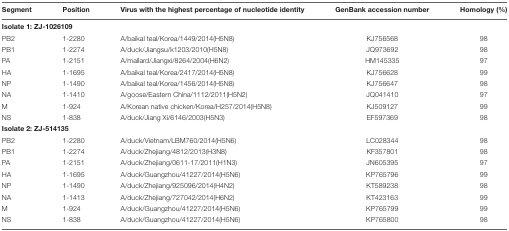
<table><thead><tr><td><b>Segment</b></td><td><b>Position</b></td><td><b>Virus with the highest percentage of nucleotide identity</b></td><td><b>GenBank accession number</b></td><td><b>Homology (%)</b></td></tr></thead><tbody><tr><td colspan="5"><b>Isolate 1: ZJ-1026109</b></td></tr><tr><td>PB2</td><td>1-2280</td><td>A/baikal teal/Korea/1449/2014(H5N8)</td><td>KJ756568</td><td>98</td></tr><tr><td>PB1</td><td>1-2274</td><td>A/duck/Jiangsu/k1203/2010(H5N8)</td><td>JQ973692</td><td>98</td></tr><tr><td>PA</td><td>1-2151</td><td>A/mallard/Jiangxi/8264/2004(H6N2)</td><td>HM145335</td><td>97</td></tr><tr><td>HA</td><td>1-1695</td><td>A/baikal teal/Korea/2417/2014(H5N8)</td><td>KJ756628</td><td>99</td></tr><tr><td>NP</td><td>1-1490</td><td>A/baikal teal/Korea/1456/2014(H5N8)</td><td>KJ756647</td><td>98</td></tr><tr><td>NA</td><td>1-1410</td><td>A/goose/Eastern China/1112/2011(H5N2)</td><td>JQ041410</td><td>97</td></tr><tr><td>M</td><td>1-924</td><td>A/Korean native chicken/Korea/H257/2014(H5N8)</td><td>KJ509127</td><td>99</td></tr><tr><td>NS</td><td>1-838</td><td>A/duck/Jiang Xi/6146/2003(H5N3)</td><td>EF597369</td><td>98</td></tr><tr><td colspan="5"><b>Isolate 2: ZJ-514135</b></td></tr><tr><td>PB2</td><td>1-2280</td><td>A/duck/Vietnam/LBM760/2014(H5N6)</td><td>LC028344</td><td>98</td></tr><tr><td>PB1</td><td>1-2274</td><td>A/duck/Zhejiang/4812/2013(H3N8)</td><td>KF357801</td><td>98</td></tr><tr><td>PA</td><td>1-2151</td><td>A/duck/Zhejiang/0611-17/2011(H1N3)</td><td>JN605395</td><td>97</td></tr><tr><td>HA</td><td>1-1695</td><td>A/duck/Guangzhou/41227/2014(H5N6)</td><td>KP765796</td><td>99</td></tr><tr><td>NP</td><td>1-1490</td><td>A/duck/Zhejiang/925096/2014(H4N2)</td><td>KT589238</td><td>98</td></tr><tr><td>NA</td><td>1-1413</td><td>A/duck/Zhejiang/727042/2014(H6N2)</td><td>KT423163</td><td>99</td></tr><tr><td>M</td><td>1-924</td><td>A/duck/Guangzhou/41227/2014(H5N6)</td><td>KP765799</td><td>99</td></tr><tr><td>NS</td><td>1-838</td><td>A/duck/Guangzhou/41227/2014(H5N6)</td><td>KP765800</td><td>98</td></tr></tbody></table>